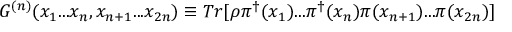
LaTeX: G ^ { ( n ) } ( x _ { 1 } . . . x _ { n } , x _ { n + 1 } . . . x _ { 2 n } ) \equiv T r [ \rho \pi ^ { \dagger } ( x _ { 1 } ) . . . \pi ^ { \dagger } ( x _ { n } ) \pi ( x _ { n + 1 } ) . . . \pi ( x _ { 2 n } ) ]